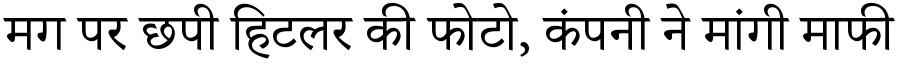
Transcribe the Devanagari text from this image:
मग पर छपी हिटलर की फोटो, कंपनी ने मांगी माफी